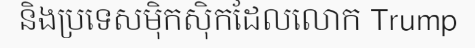
និងប្រទេសម៉ិកស៊ិកដែលលោក Trump